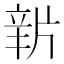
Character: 𤗔